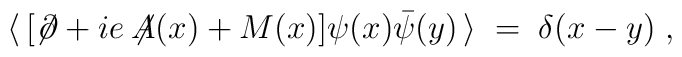
\langle \, [\not\! \partial + i e \not \!\!A(x) + M(x)]\psi(x) {\bar\psi}(y) \, \rangle \;=\; \delta (x-y) \;,